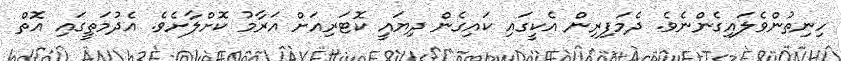
ހިނިތުންވެލައިގެންނެވެ. ދެމަފިރިން އެކީގައި ކައިގެން ދިޔައީ ކޮޓަރިއަށް އަރާމު ކޮށްލާށެވެ. އެދުމަތީގައި އޮތް